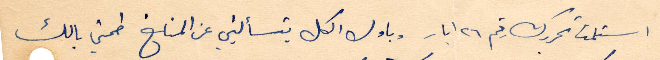
استلمت تحريرك رقم ٢٦ أيار وباول الكل بتسأليني عن المناخ طمني بالك